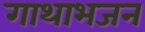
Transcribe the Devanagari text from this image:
गाथाभजन